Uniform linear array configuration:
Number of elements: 24
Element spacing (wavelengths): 0.5
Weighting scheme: exponential
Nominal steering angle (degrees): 15
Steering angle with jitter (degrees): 16.555
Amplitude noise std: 0.05
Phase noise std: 0.05

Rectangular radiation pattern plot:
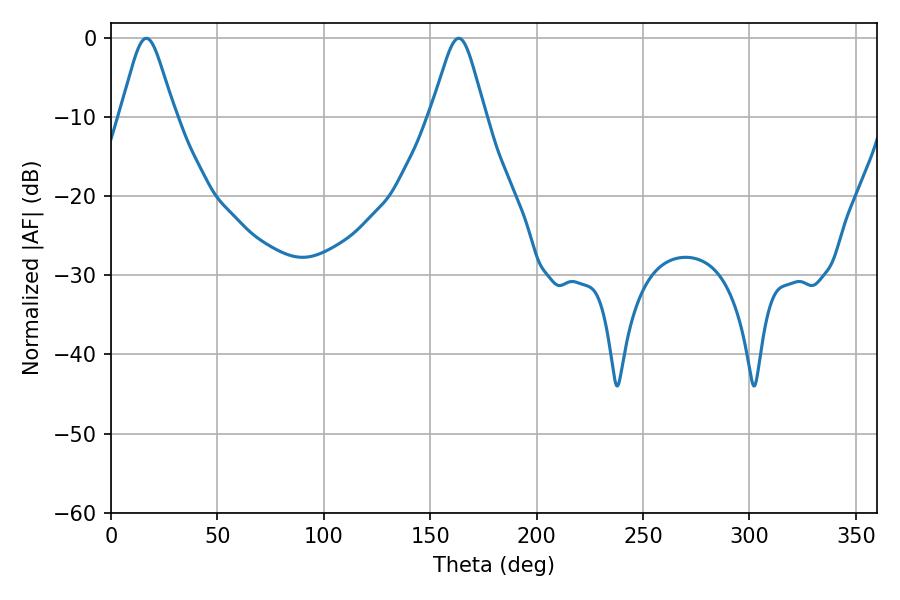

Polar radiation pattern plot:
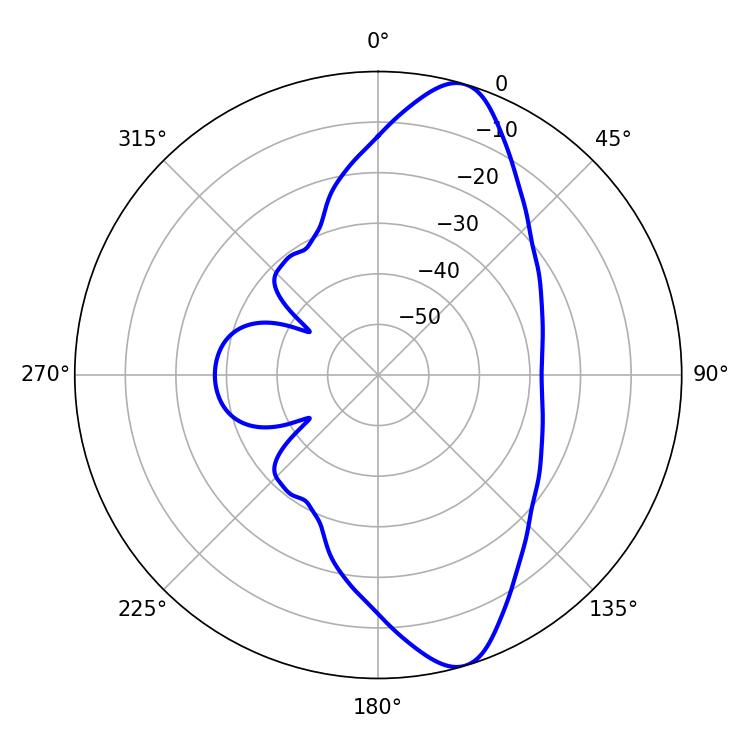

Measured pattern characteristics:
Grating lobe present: FALSE
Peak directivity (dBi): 11.047
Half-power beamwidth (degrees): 12.24
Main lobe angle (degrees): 16.56